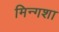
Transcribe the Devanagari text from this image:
मिन्गशा